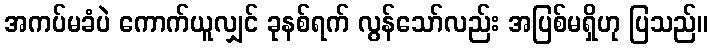
အကပ်မခံပဲ ကောက်ယူလျှင် ခုနစ်ရက် လွန်သော်လည်း အပြစ်မရှိဟု ပြသည်။